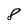
Character: 8